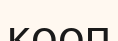
кооп